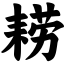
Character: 耢